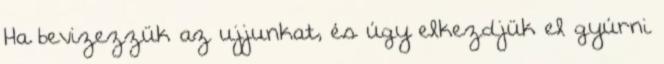
Ha bevizezzük az ujjunkat, és úgy elkezdjük el gyúrni